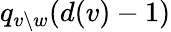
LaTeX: q_{v\setminus w}(d(v)-1)